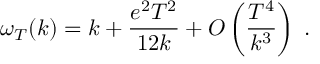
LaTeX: \omega _ { T } ( k ) = k + \frac { e ^ { 2 } T ^ { 2 } } { 1 2 k } + { \cal O } \left( \frac { T ^ { 4 } } { k ^ { 3 } } \right) \; .